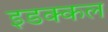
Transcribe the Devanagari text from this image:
इडक्कल